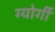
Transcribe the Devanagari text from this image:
ग्योर्गी